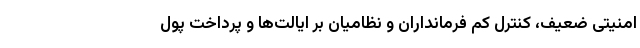
امنیتی ضعیف، کنترل کم فرمانداران و نظامیان بر ایالت‌ها و پرداخت پول